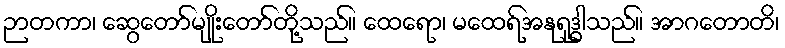
ဉာတကာ၊ ဆွေတော်မျိုးတော်တို့သည်။ ထေရော၊ မထေရ်အနုရုဒ္ဓါသည်။ အာဂတောတိ၊